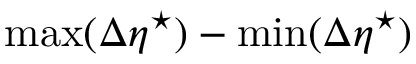
\mathrm { m a x } ( \Delta \eta ^ { \star } ) - \mathrm { m i n } ( \Delta \eta ^ { \star } )